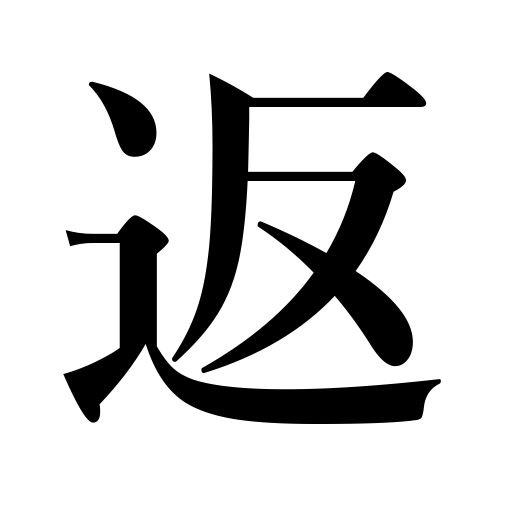
Meanings: return to former employer,repay,go back,return,colors fade,requite favors,regurgitate,take vengeance,overturn,turn around,answer,give back,put back